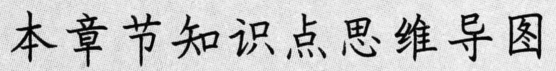
本章节知识点思维导图